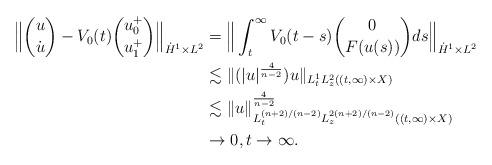
LaTeX: \begin{align*}\Big\|{u\choose \dot{u}}-V_0(t){u_0^+\choose u_1^+}\Big\|_{\dot H^1\times L^2}&=\Big\|\int_t^\infty V_0(t-s){0\choose F(u(s))}ds\Big\|_{\dot H^1\times L^2}\\&\lesssim\|(|u|^{\frac{4}{n-2}})u\|_{L_t^1L_z^2((t,\infty)\times X)}\\&\lesssim\|u\|_{L_t^{(n+2)/(n-2)}L_z^{2(n+2)/(n-2)}((t,\infty)\times X)}^{\frac{4}{n-2}}\\&\rightarrow 0,t\rightarrow\infty.\end{align*}